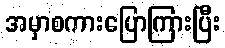
အမှာစကားပြောကြားပြီး